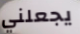
يجعلني